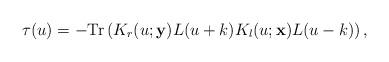
LaTeX: \begin{align*}\tau (u)=-{\rm Tr}\left ( K_r (u;{\bf y})L(u+k)K_l (u;{\bf x})L(u-k)\right ),\end{align*}